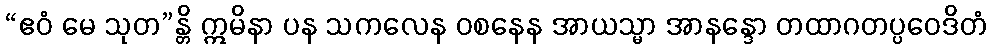
“ဧဝံ မေ သုတ”န္တိ ဣမိနာ ပန သကလေန ဝစနေန အာယသ္မာ အာနန္ဒော တထာဂတပ္ပဝေဒိတံ